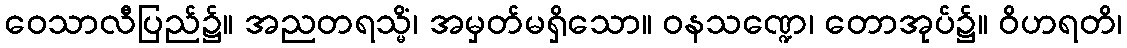
ဝေသာလီပြည်၌။ အညတရသ္မိံ၊ အမှတ်မရှိသော။ ဝနသဏ္ဍေ၊ တောအုပ်၌။ ဝိဟရတိ၊